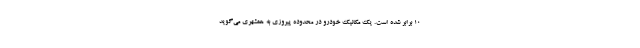
۱۰ برابر شده است. یک مکانیک خودرو در محدوده پیروزی به همشهری می‌گوید